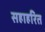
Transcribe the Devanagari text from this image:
सहाहरित